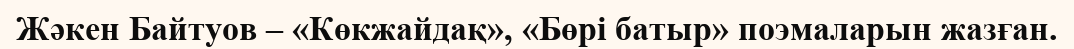
Жәкен Байтуов – «Көкжайдақ», «Бөрі батыр» поэмаларын жазған.